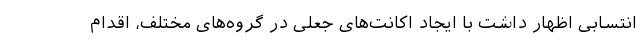
انتسابی اظهار داشت با ایجاد اکانت‌های جعلی در گروه‌های مختلف، اقدام